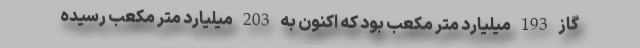
گاز 193 میلیارد متر مکعب بود که اکنون به 203 میلیارد متر مکعب رسیده